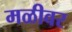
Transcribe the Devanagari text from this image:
मळीवर